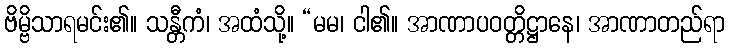
ဗိမ္ဗိသာရမင်း၏။ သန္တီကံ၊ အထံသို့။ “မမ၊ ငါ၏။ အာဏာပဝတ္တိဋ္ဌာနေ၊ အာဏာတည်ရာ